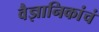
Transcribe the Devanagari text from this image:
वैज्ञानिकांचं